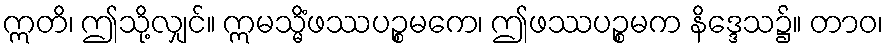
ဣတိ၊ ဤသို့လျှင်။ ဣမသ္မိံဖဿပဉ္စမကေ၊ ဤဖဿပဉ္စမက နိဒ္ဒေသ၌။ တာဝ၊